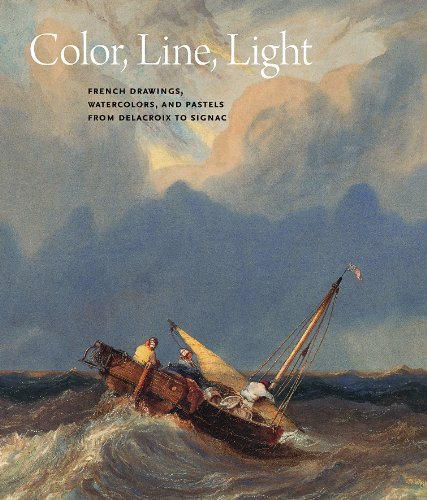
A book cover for Color, Line, Light: French Drawings, Watercolors, and Pastels from Delacroix to Signac; Arts & Photography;